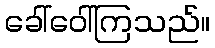
ခေါ်ဝေါ်ကြသည်။